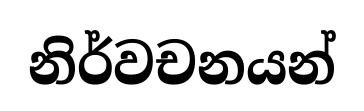
නිර්වචනයන්